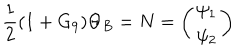
LaTeX: \frac { 1 } { 2 } ( 1 + G _ { 9 } ) \Theta _ { B } = N = \left( \begin{matrix} { { \psi _ { 1 } } } \\ { { \psi _ { 2 } } } \\ \end{matrix} \right)